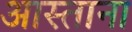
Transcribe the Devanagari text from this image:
आस्ताना